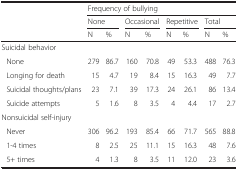
|  | <COLSPAN=8> Frequency of bullying |
 |  | <COLSPAN=2> None | <COLSPAN=2> Occasional | <COLSPAN=2> Repetitive | <COLSPAN=2> Total |
 |  | N | % | N | % | N | % | N | % |
 | --- | --- | --- | --- | --- | --- | --- | --- | --- |
 | Suicidal behavior |  |  |  |  |  |  |  |  |
 | None | 279 | 86.7 | 160 | 70.8 | 49 | 53.3 | 488 | 76.3 |
 | Longing for death | 15 | 4.7 | 19 | 8.4 | 15 | 16.3 | 49 | 7.7 |
 | Suicidal thoughts/plans | 23 | 7.1 | 39 | 17.3 | 24 | 26.1 | 86 | 13.4 |
 | Suicide attempts | 5 | 1.6 | 8 | 3.5 | 4 | 4.4 | 17 | 2.7 |
 | Nonsuicidal self-injury |  |  |  |  |  |  |  |  |
 | Never | 306 | 96.2 | 193 | 85.4 | 66 | 71.7 | 565 | 88.8 |
 | 1-4 times | 8 | 2.5 | 25 | 11.1 | 15 | 16.3 | 48 | 7.6 |
 | 5+ times | 4 | 1.3 | 8 | 3.5 | 11 | 12.0 | 23 | 3.6 |